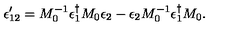
\epsilon _ { 1 2 } ^ { \prime } = M _ { 0 } ^ { - 1 } \epsilon _ { 1 } ^ { \dagger } M _ { 0 } \epsilon _ { 2 } - \epsilon _ { 2 } M _ { 0 } ^ { - 1 } \epsilon _ { 1 } ^ { \dagger } M _ { 0 } .